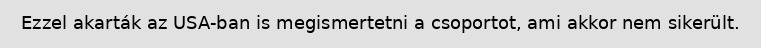
Ezzel akarták az USA-ban is megismertetni a csoportot, ami akkor nem sikerült.